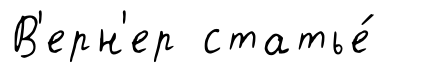
В'ерн'ер статье́